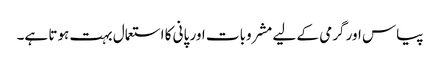
پیاس اور گرمی کے لیے مشروبات اور پانی کا استعمال بہت ہوتا ہے۔